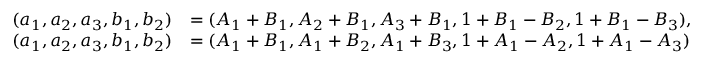
\begin{array} { r l } { ( a _ { 1 } , a _ { 2 } , a _ { 3 } , b _ { 1 } , b _ { 2 } ) } & { = ( A _ { 1 } + B _ { 1 } , A _ { 2 } + B _ { 1 } , A _ { 3 } + B _ { 1 } , 1 + B _ { 1 } - B _ { 2 } , 1 + B _ { 1 } - B _ { 3 } ) , } \\ { ( a _ { 1 } , a _ { 2 } , a _ { 3 } , b _ { 1 } , b _ { 2 } ) } & { = ( A _ { 1 } + B _ { 1 } , A _ { 1 } + B _ { 2 } , A _ { 1 } + B _ { 3 } , 1 + A _ { 1 } - A _ { 2 } , 1 + A _ { 1 } - A _ { 3 } ) } \end{array}